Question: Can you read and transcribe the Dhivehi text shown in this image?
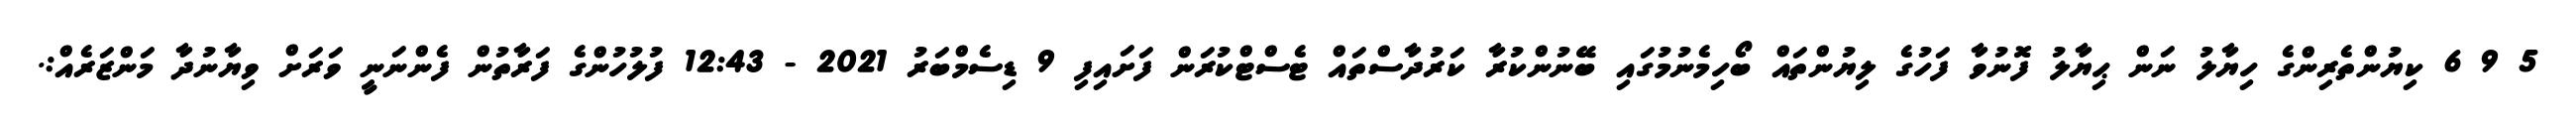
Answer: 5 9 6 ކިޔުންތެރިންގެ ހިޔާލު ނަން ޙިޔާލު ފޮނުވާ ފަހުގެ ލިޔުންތައް ބޯހިމެނުމުގައި ބޭނުންކުރާ ކަރުދާސްތައް ޓެސްޓްކުރަން ފަށައިފި 9 ޑިސެމްބަރު 2021 - 12:43 ފުލުހުންގެ ފަރާތުން ފެންނަނީ ވަރަށް ވިޔާނުދާ މަންޒަރެއް:.